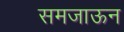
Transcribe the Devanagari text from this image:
समजाऊन